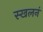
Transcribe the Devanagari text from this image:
स्खलनं